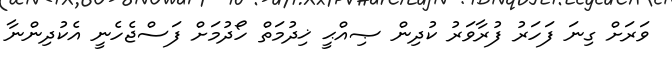
ވަރަށް ގިނަ ފަހަރު ފުރާވަރު ކުދިން ޞިއްޙީ ޚިދުމަތް ހޯދުމަށް ފަސްޖެހެނީ އެކުދިންނާ